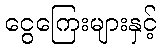
ငွေကြေးများနှင့်